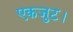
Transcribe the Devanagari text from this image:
एकजुट।